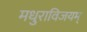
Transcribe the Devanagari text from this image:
मधुराविजयम्